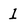
Character: 1